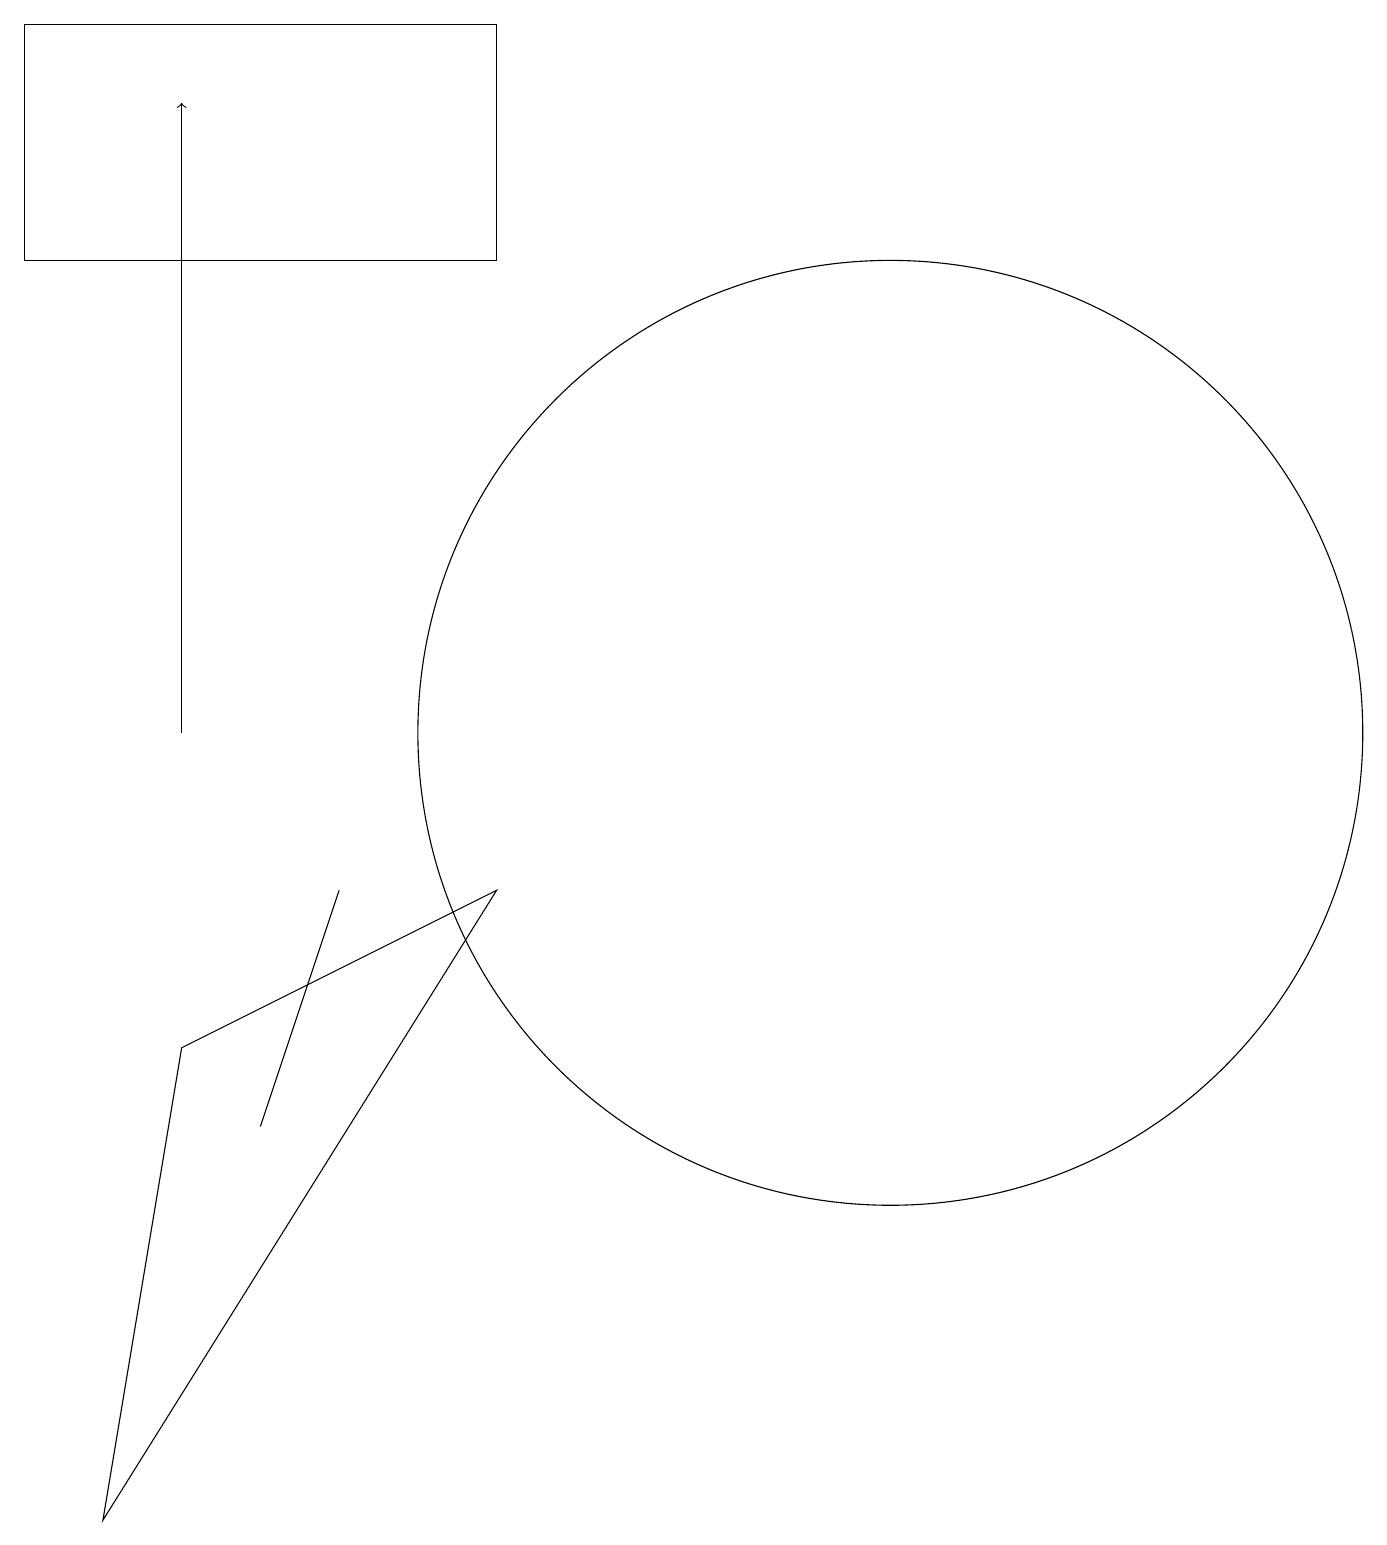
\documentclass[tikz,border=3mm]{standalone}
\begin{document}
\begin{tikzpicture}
\draw (11,10) circle (6);
\draw (6,8) -- (2,6) -- (1,0) -- cycle;
\draw[->] (2,10) -- (2,18);
\draw (6,19) rectangle (0,16);
\draw (3,5) -- (3,5) -- (4,8) -- cycle;
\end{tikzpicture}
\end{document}